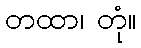
တထာ၊ တုံ။